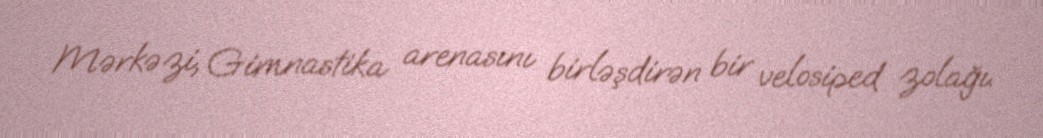
Mərkəzi, Gimnastika arenasını birləşdirən bir velosiped zolağı.